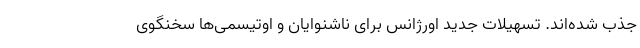
جذب شده‌اند. تسهیلات جدید اورژانس برای ناشنوایان و اوتیسمی‌ها سخنگوی